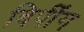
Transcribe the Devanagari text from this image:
बिपींग